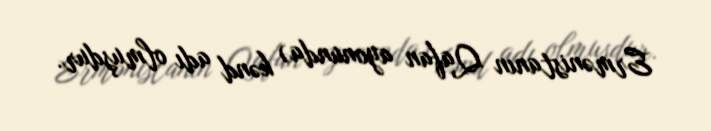
Ermənistanın Qafan ayonunda) kənd adı olmuşdur.